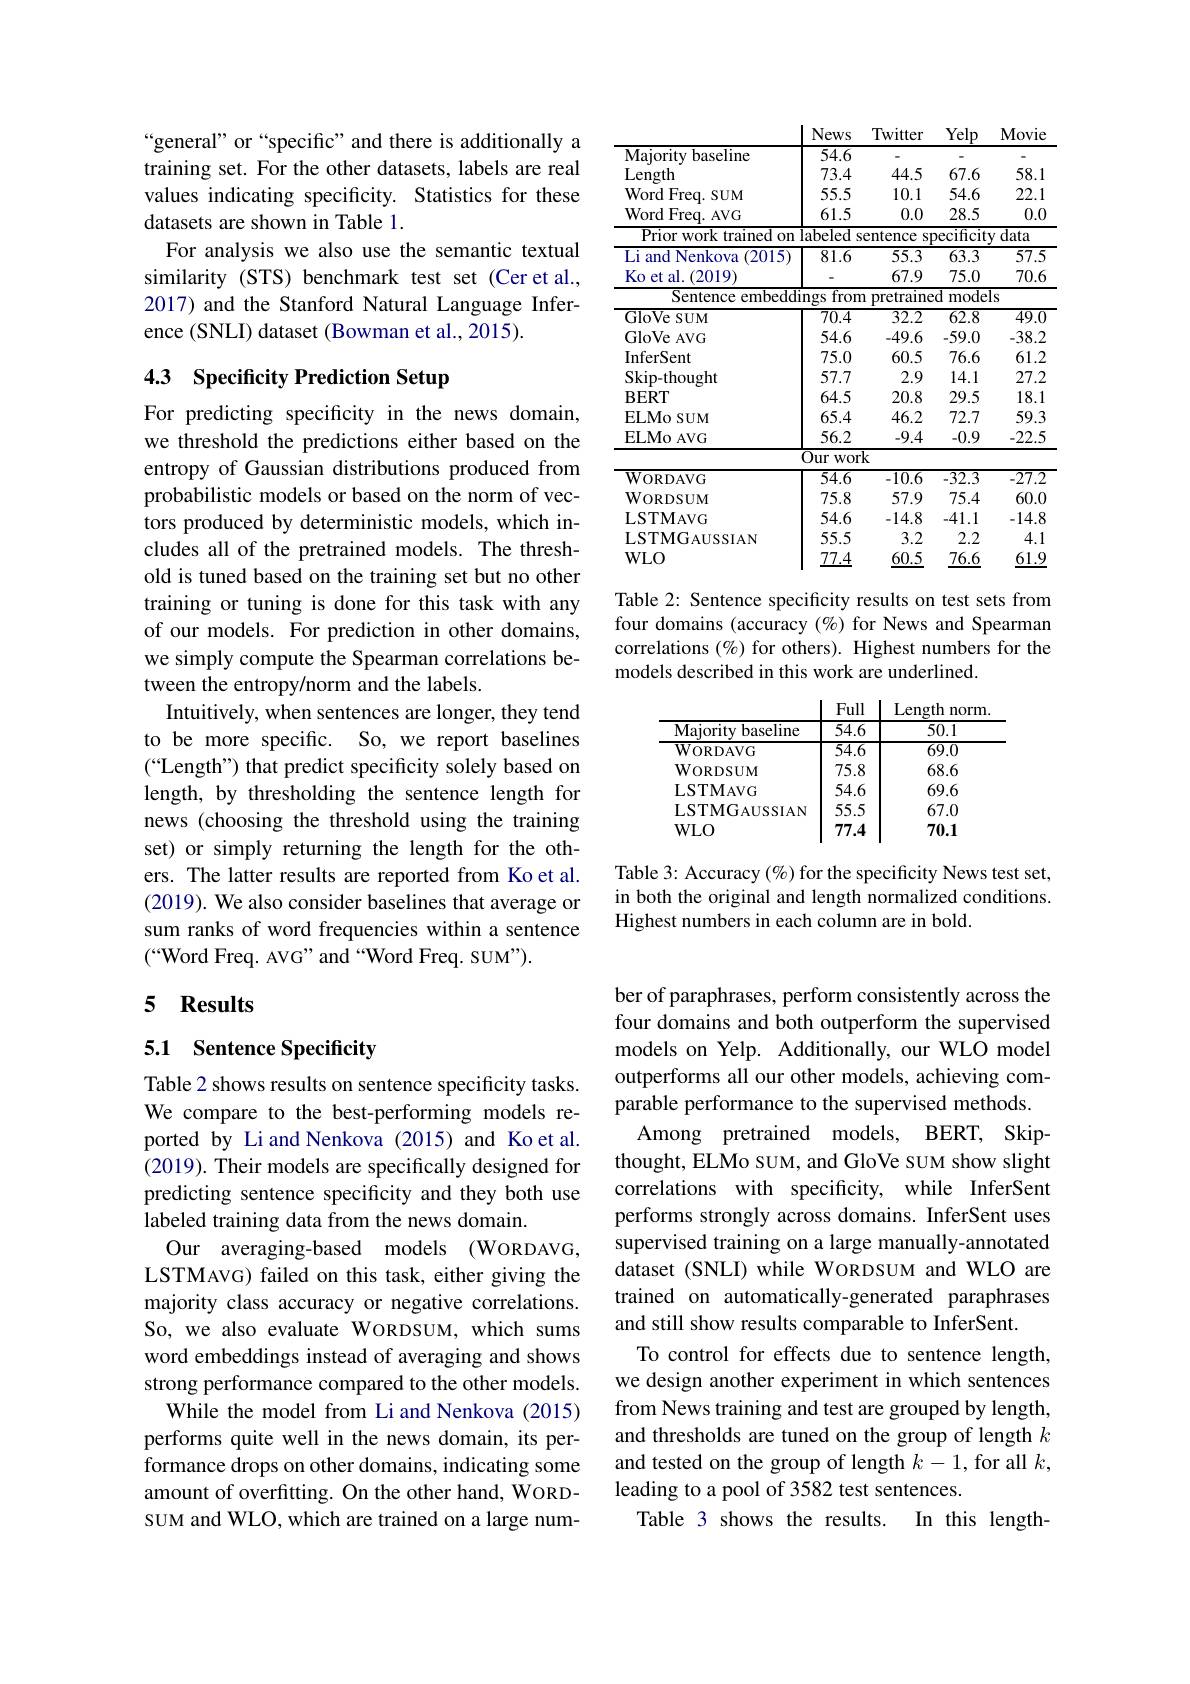
“general” or“specific” and there is additionally a training set. For the other datasets, labels are real values indicating specificity. Statistics for these datasets are shown in Table 1.
For analysis we also use the semantic textual similarity (STS) benchmark test set (Cer et al., 2017) and the Stanford Natural Language Inference (SNLI) dataset (Bowman et al., 2015).

### 4.3 Specificity Prediction Setup

For predicting specificity in the news domain, we threshold the predictions either based on the entropy of Gaussian distributions produced from probabilistic models or based on the norm of vectors produced by deterministic models, which includes all of the pretrained models. The threshold is tuned based on the training set but no other training or tuning is done for this task with any of our models. For prediction in other domains, we simply compute the Spearman correlations between the entropy/norm and the labels.
Intuitively, when sentences are longer, they tend to be more specific. So, we report baselines (“Length”) that predict specificity solely based on length, by thresholding the sentence length for news (choosing the threshold using the training set) or simply returning the length for the others. The latter results are reported from Ko et al. (2019). We also consider baselines that average or sum ranks of word frequencies within a sentence $(“$Word Freq. AVG”and“Word Freq. SUM").

### 5 Results

# 5.1 Sentence Specificity

Table 2 shows results on sentence specificity tasks. We compare to the best-performing models reported by Li and Nenkova (2015) and Ko et al. (2019). Their models are specifically designed for predicting sentence specificity and they both use labeled training data from the news domain.
Our averaging-based models (WORDAVG, LSTMAVG) failed on this task, either giving the majority class accuracy or negative correlations. So, we also evaluate WORDSUM, which sums word embeddings instead of averaging and shows strong performance compared to the other models.
While the model from Li and Nenkova (2015) performs quite well in the news domain, its performance drops on other domains, indicating some amount of overfitting. On the other hand, WORDSUM and WLO, which are trained on a large num-

<table>
	<tbody>
		<tr>
			<th> </th>
			<th>News</th>
			<th>Twitter</th>
			<th>Yelp</th>
			<th>Movie</th>
		</tr>
		<tr>
			<td>Majority baseline</td>
			<td>$\overline{54.6}$</td>
			<td> </td>
			<td> </td>
			<td> </td>
		</tr>
		<tr>
			<td>Length</td>
			<td>73.4</td>
			<td>44.5</td>
			<td>67.6</td>
			<td>58.1</td>
		</tr>
		<tr>
			<td>Word Freq. SUM</td>
			<td>55.5</td>
			<td>10.1</td>
			<td>54.6</td>
			<td>22.1</td>
		</tr>
		<tr>
			<td>Word Freq. AVG</td>
			<td>61.5</td>
			<td>0.0</td>
			<td>28.5</td>
			<td>0.0</td>
		</tr>
		<tr>
			<td>Prior work trained on</td>
			<td>labeled</td>
			<td>entence SI $\frac{1}{2}=\frac{1}{2}$</td>
			<td>ecificit</td>
			<td>data</td>
		</tr>
		<tr>
			<td>$\overline{\text{Li and Nenkova}}$ 2015)</td>
			<td>$\overline{81.6}$</td>
			<td>55.3</td>
			<td>$\overline{63.3}$</td>
			<td>$\overline{57.5}$</td>
		</tr>
		<tr>
			<td>Ko et al. (2019)</td>
			<td> </td>
			<td>67.9</td>
			<td>75.0</td>
			<td>70.6</td>
		</tr>
		<tr>
			<td>Sentence embedd</td>
			<td>ings fron</td>
			<td>pretraine</td>
			<td>$\overline{\mathrm{mode}}$ $d$</td>
			<td>$ls$</td>
		</tr>
		<tr>
			<td>GloVe SUM</td>
			<td>$\overline{70.4}$</td>
			<td>$\overline{32.2}$</td>
			<td>$\overline{62.8}$</td>
			<td>$\overline{49.0}$</td>
		</tr>
		<tr>
			<td>GloVe AVG</td>
			<td>54.6</td>
			<td>-49.6</td>
			<td>-59.0</td>
			<td>-38.2</td>
		</tr>
		<tr>
			<td>InferSent</td>
			<td>75.0</td>
			<td>60.5</td>
			<td>76.6</td>
			<td>61.2</td>
		</tr>
		<tr>
			<td>Skip-thought</td>
			<td>57.7</td>
			<td>2.9</td>
			<td>14.1</td>
			<td>27.2</td>
		</tr>
		<tr>
			<td>BERT</td>
			<td>64.5</td>
			<td>20.8</td>
			<td>29.5</td>
			<td>18.1</td>
		</tr>
		<tr>
			<td>ELMo SUM</td>
			<td>65.4</td>
			<td>46.2</td>
			<td>72.7</td>
			<td>59.3</td>
		</tr>
		<tr>
			<td>ELMo AVG</td>
			<td>56.2</td>
			<td>-9.4</td>
			<td>-0.9</td>
			<td>-22.5</td>
		</tr>
		<tr>
			<td> </td>
			<td>$\overline{Our}$ WOr</td>
			<td>$k$</td>
			<td> </td>
			<td> </td>
		</tr>
		<tr>
			<td>$\overline{{\mathrm{WORDAVG}}}$</td>
			<td>$\overline{54.6}$</td>
			<td>-10.6</td>
			<td>$\overline{-32.3}$</td>
			<td>-27.2</td>
		</tr>
		<tr>
			<td>WORDSUM</td>
			<td>75.8</td>
			<td>57.9</td>
			<td>75.4</td>
			<td>60.0</td>
		</tr>
		<tr>
			<td>LSTMAVG</td>
			<td>54.6</td>
			<td>-14.8</td>
			<td>-41.1</td>
			<td>-14.8</td>
		</tr>
		<tr>
			<td>LSTMGAUSSIAN</td>
			<td>55.5</td>
			<td>3.2</td>
			<td>2.2</td>
			<td>4.1</td>
		</tr>
		<tr>
			<td>$WLO$</td>
			<td>$\underline{77.4}$</td>
			<td>60.5</td>
			<td>76.6</td>
			<td>61.9</td>
		</tr>
	</tbody>
</table>

Table 2: Sentence specificity results on test sets from four domains (accuracy (%) for News and Spearman correlations (%) for others). Highest numbers for the models described in this work are underlined.

<table>
	<tbody>
		<tr>
			<th>Majority baseline</th>
			<th>$\overline{54.6}$</th>
			<th>50.1</th>
		</tr>
		<tr>
			<td>WORDAVG</td>
			<td>$\overline{54.6}$</td>
			<td>$\overline{69.0}$</td>
		</tr>
		<tr>
			<td>WORDSUM</td>
			<td>75.8</td>
			<td>68.6</td>
		</tr>
		<tr>
			<td>LSTMAVG</td>
			<td>54.6</td>
			<td>69.6</td>
		</tr>
		<tr>
			<td>LSTMGAUSSIAN</td>
			<td>55.5</td>
			<td>67.0</td>
		</tr>
		<tr>
			<td>$WLO$</td>
			<td>77.4</td>
			<td>70.1</td>
		</tr>
	</tbody>
</table>

Table 3: Accuracy $(\%)$ for the specificity News test set, in both the original and length normalized conditions. Highest numbers in each column are in bold.

ber of paraphrases, perform consistently across the four domains and both outperform the supervised models on Yelp. Additionally, our WLO model outperforms all our other models, achieving comparable performance to the supervised methods.
Among pretrained models, BERT, Skipthought, ELMo suM, and GloVe sum show slight correlations with specificity, while InferSent performs strongly across domains. InferSent uses supervised training on a large manually-annotated dataset (SNLI) while WORDSUM and WLO are trained on automatically-generated paraphrases and still show results comparable to InferSent.
To control for effects due to sentence length, we design another experiment in which sentences from News training and test are grouped by length, and thresholds are tuned on the group of length $k$ and tested on the group of length $k-1$,for all $k$, leading to a pool of 3582 test sentences.
Table 3 shows the results. In this length-